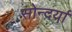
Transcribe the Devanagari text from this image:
सोन्दर्या